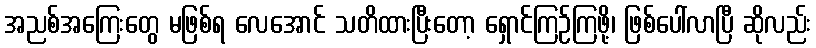
အညစ်အကြေးတွေ မဖြစ်ရ လေအောင် သတိထားပြီးတော့ ရှောင်ကြဉ်ကြဖို့၊ ဖြစ်ပေါ်လာပြီ ဆိုလည်း